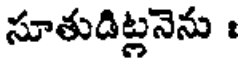
సూతుడిట్లనెను :